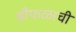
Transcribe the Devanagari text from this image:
श्रीफळाची